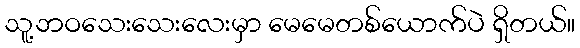
သူ့ဘဝသေးသေးလေးမှာ မေမေတစ်ယောက်ပဲ ရှိတယ်။